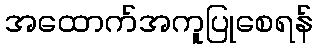
အထောက်အကူပြုစေရန်